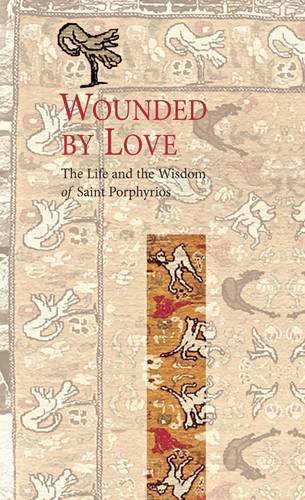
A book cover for Wounded by Love: The Life and Wisdom of Saint Porphyrios; Elder Porphyrios; Christian Books & Bibles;